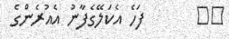
٩١       ފަހެ އެކަލޭގެފާނު އެއުރެންގެ